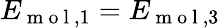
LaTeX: E_{\mathrm{~m~o~l~},1}=E_{\mathrm{~m~o~l~},3}